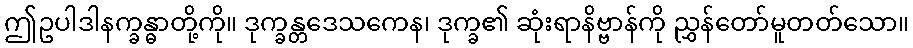
ဤဥပါဒါနက္ခန္ဓာတို့ကို။ ဒုက္ခန္တဒေသကေန၊ ဒုက္ခ၏ ဆုံးရာနိဗ္ဗာန်ကို ညွှန်တော်မူတတ်သော။